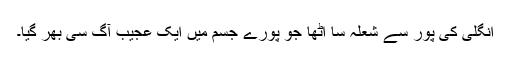
انگلی کی پور سے شعلہ سا اٹھا جو پورے جسم میں ایک عجیب آگ سی بھر گیا۔